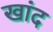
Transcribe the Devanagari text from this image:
खांद